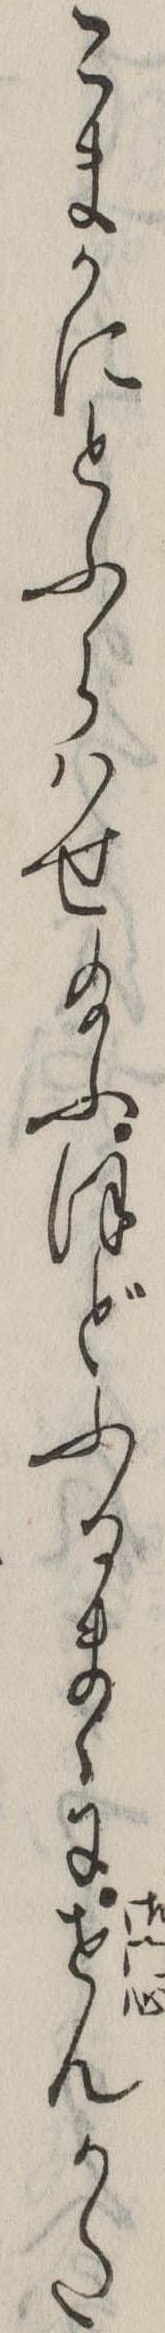
こまかにとふらはせ給ふほどふるまゝにせんかた